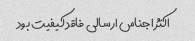
اکثر اجناس ارسالی فاقد کیفیت بود